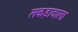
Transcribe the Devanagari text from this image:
लकड़ावाला